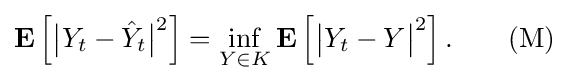
\mathbf {E} \left[{\big |}Y_{t}-{\hat {Y}}_{t}{\big |}^{2}\right]=\inf _{Y\in K}\mathbf {E} \left[{\big |}Y_{t}-Y{\big |}^{2}\right].\qquad {\mbox{(M)}}